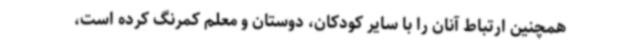
همچنین ارتباط آنان را با سایر کودکان، دوستان و معلم کمرنگ کرده است،